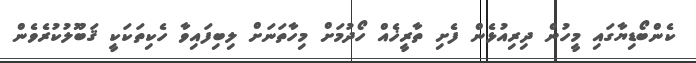
ކެންބޯޑިޔާގައި މީހުން ދިރިއުޅެން ފެށި ތާރީޚެއް ހޯދުމަށް މިހާތަނަށް ލިބިފައިވާ ހެކިތަކަކީ ޤަބޫލުކުރެވެން